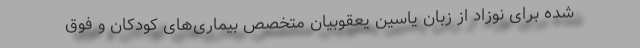
شده برای نوزاد از زبان یاسین یعقوبیان متخصص بیماری‌های کودکان و فوق